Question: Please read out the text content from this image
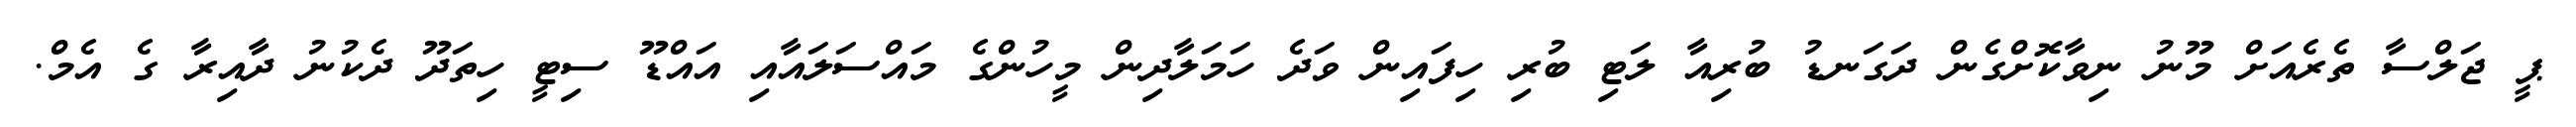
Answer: ޕީ ޖަލްސާ ތެރެއަށް މޫނު ނިވާކޮށްގެން ދަގަނޑު ބުރިއާ ލަޓި ބުރި ހިފައިން ވަދެ ހަމަލާދިން މީހުންގެ މައްސަލައާއި އައްޑޫ ސިޓީ ހިތަދޫ ދެކުނު ދާއިރާ ގެ އެމް.